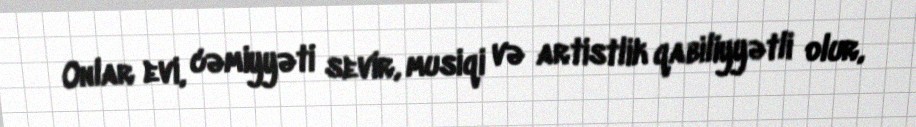
Onlar evi, cəmiyyəti sevir, musiqi və artistlik qabiliyyətli olur,